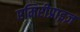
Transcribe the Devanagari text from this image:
एमिरीप्राइज़